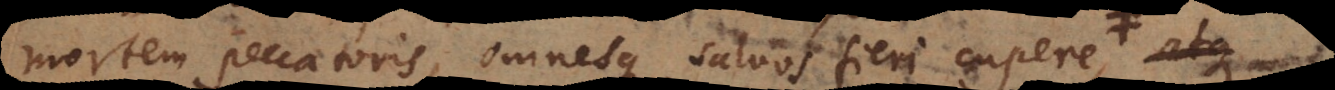
mortem peccatoris, omnesque salvos fieri cupere, atque